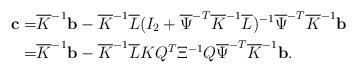
LaTeX: \begin{align*}\mathbf{ c}=&\overline{K}^{-1}\mathbf{ b} - \overline{K}^{-1}\overline{L}(I_2 + \overline{\Psi}^{-T}\overline{K}^{-1}\overline{L})^{-1}\overline{\Psi}^{-T}\overline{K}^{-1}\mathbf{ b}\\=&\overline{K}^{-1}\mathbf{ b} - \overline{K}^{-1}\overline{L}KQ^T\Xi^{-1}Q\overline{\Psi}^{-T}\overline{K}^{-1}\mathbf{ b}.\end{align*}